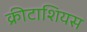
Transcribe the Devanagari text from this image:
क्रीटाशियस